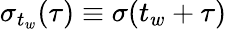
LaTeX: \sigma_{t_{w}}(\tau)\equiv\sigma(t_{w}+\tau)